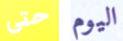
حتى اليوم